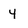
Character: 4